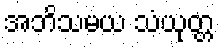
အဘိသမယ သံယုတ္တ